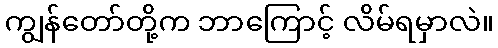
ကျွန်တော်တို့က ဘာကြောင့် လိမ်ရမှာလဲ။